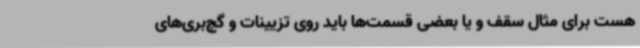
هست برای مثال سقف و یا بعضی قسمت‌ها باید روی تزیینات و گچ‌بری‌های